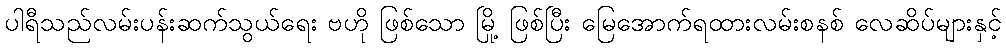
ပါရီသည်လမ်းပန်းဆက်သွယ်ရေး ဗဟို ဖြစ်သော မြို့ ဖြစ်ပြီး မြေအောက်ရထားလမ်းစနစ် လေဆိပ်များနှင့်